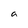
Character: a